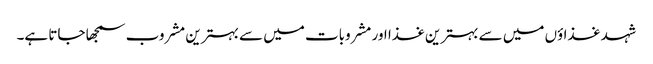
شہد غذاؤں میں سے بہترین غذا اور مشروبات میں سے بہترین مشروب سمجھا جاتا ہے۔